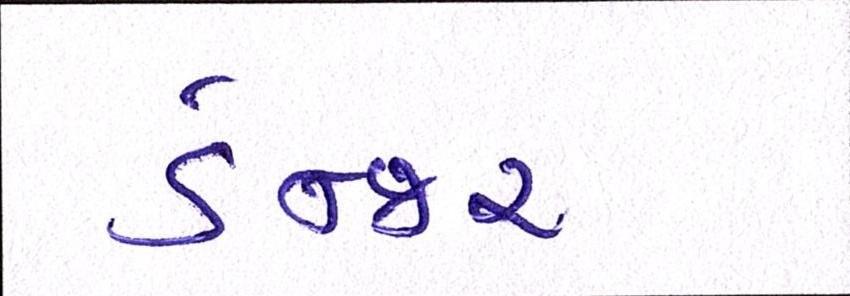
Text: ડેન્જર